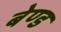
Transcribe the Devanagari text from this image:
बेण्ड